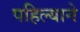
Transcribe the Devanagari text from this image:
पहिल्याने